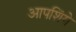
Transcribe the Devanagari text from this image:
आपशिंगे